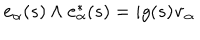
LaTeX: { \bf e } _ { \alpha } ( s ) \wedge { \bf e } _ { \alpha } ^ { * } ( s ) = i g ( s ) { \bf v } _ { \alpha }